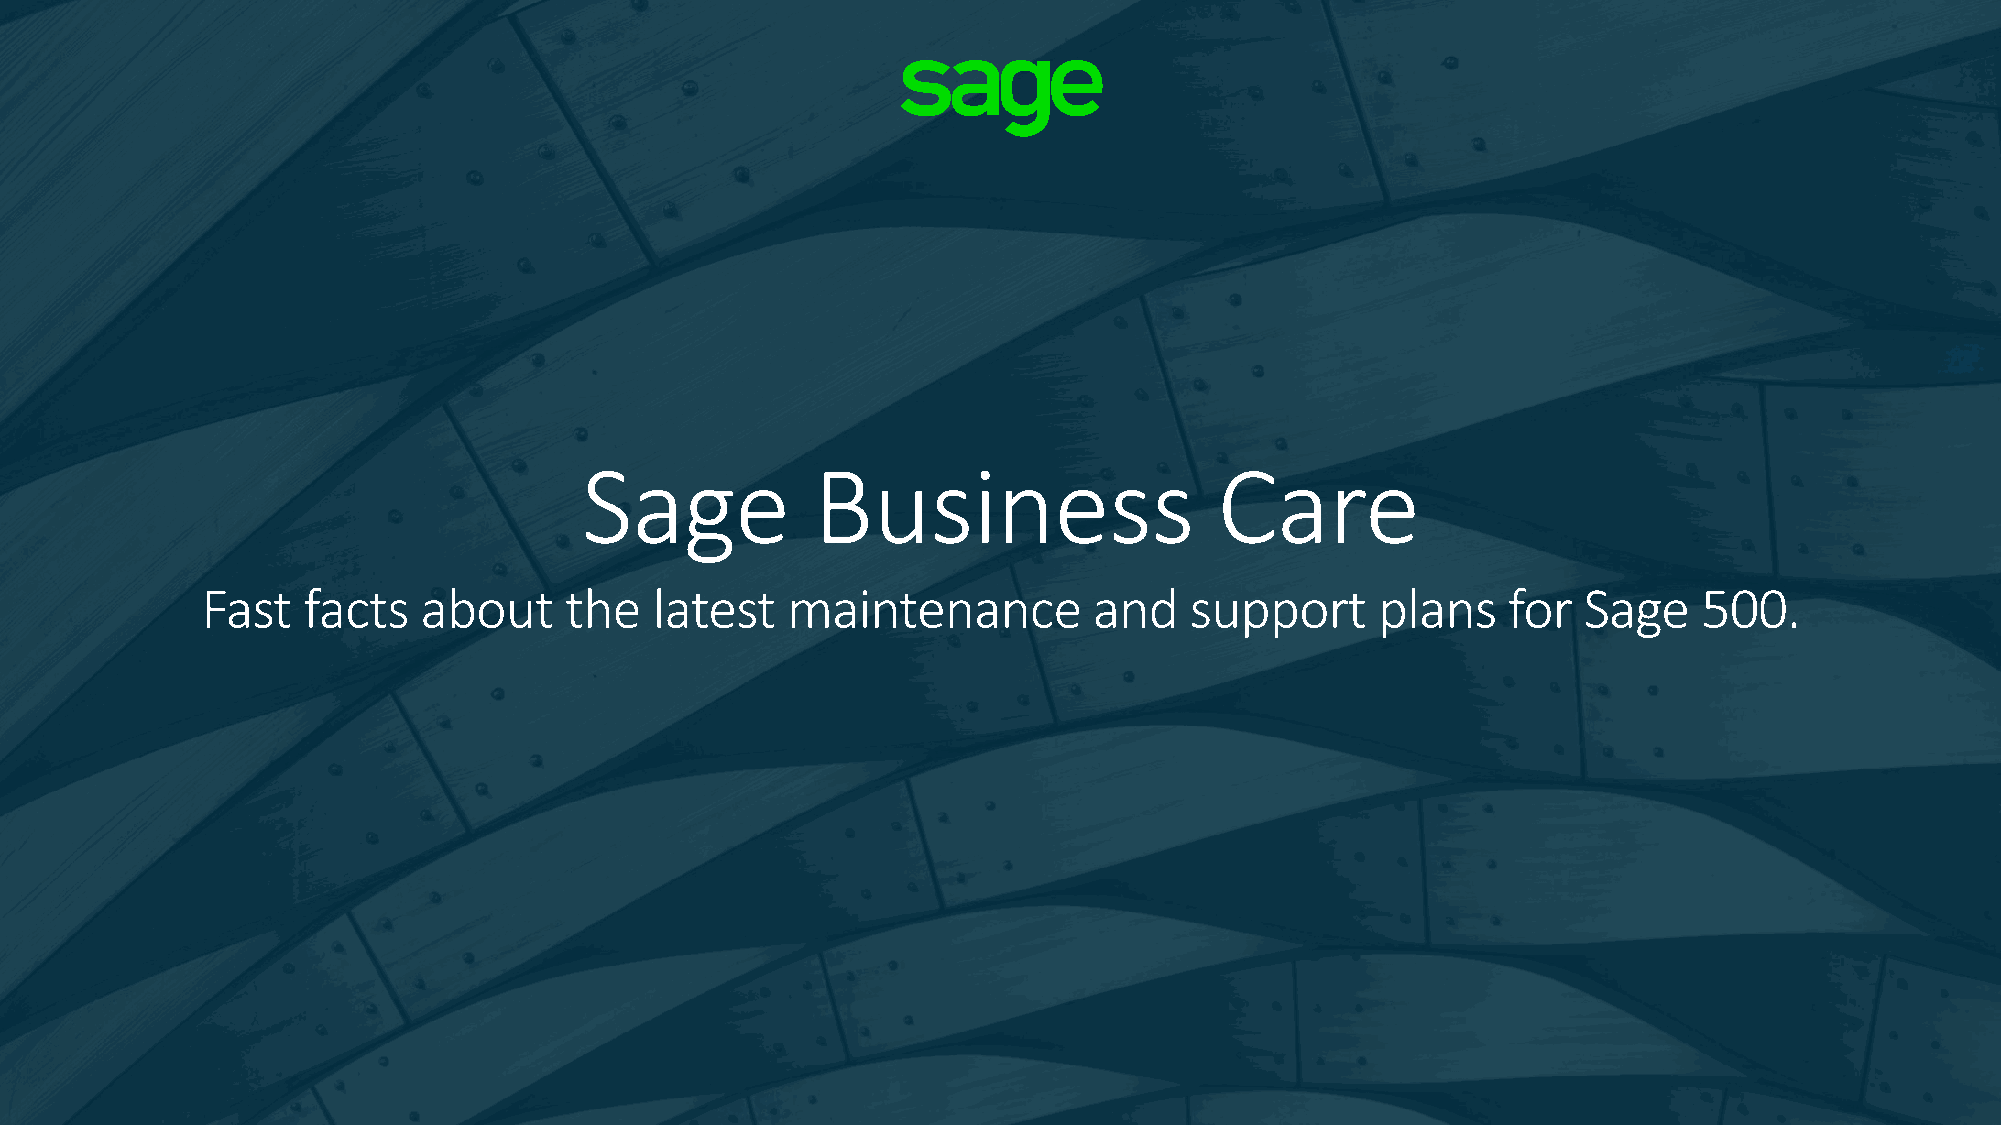
Sage           Business                   Care
 Fast   facts   about    the   latest   maintenance         and    support     plans    for  Sage    500.